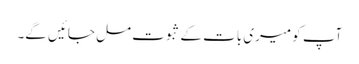
آپ کو میری بات کے ثبوت مل جائیں گے۔